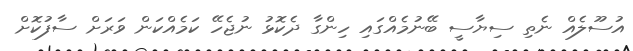
އުސޫލެއް ނެތި ސިޔާސީ ބޭނުމެއްގައި ހިންގާ ދެކޮޅު ނުޖެހޭ ކަމެއްކަން ވަރަށް ސާފުކޮށް